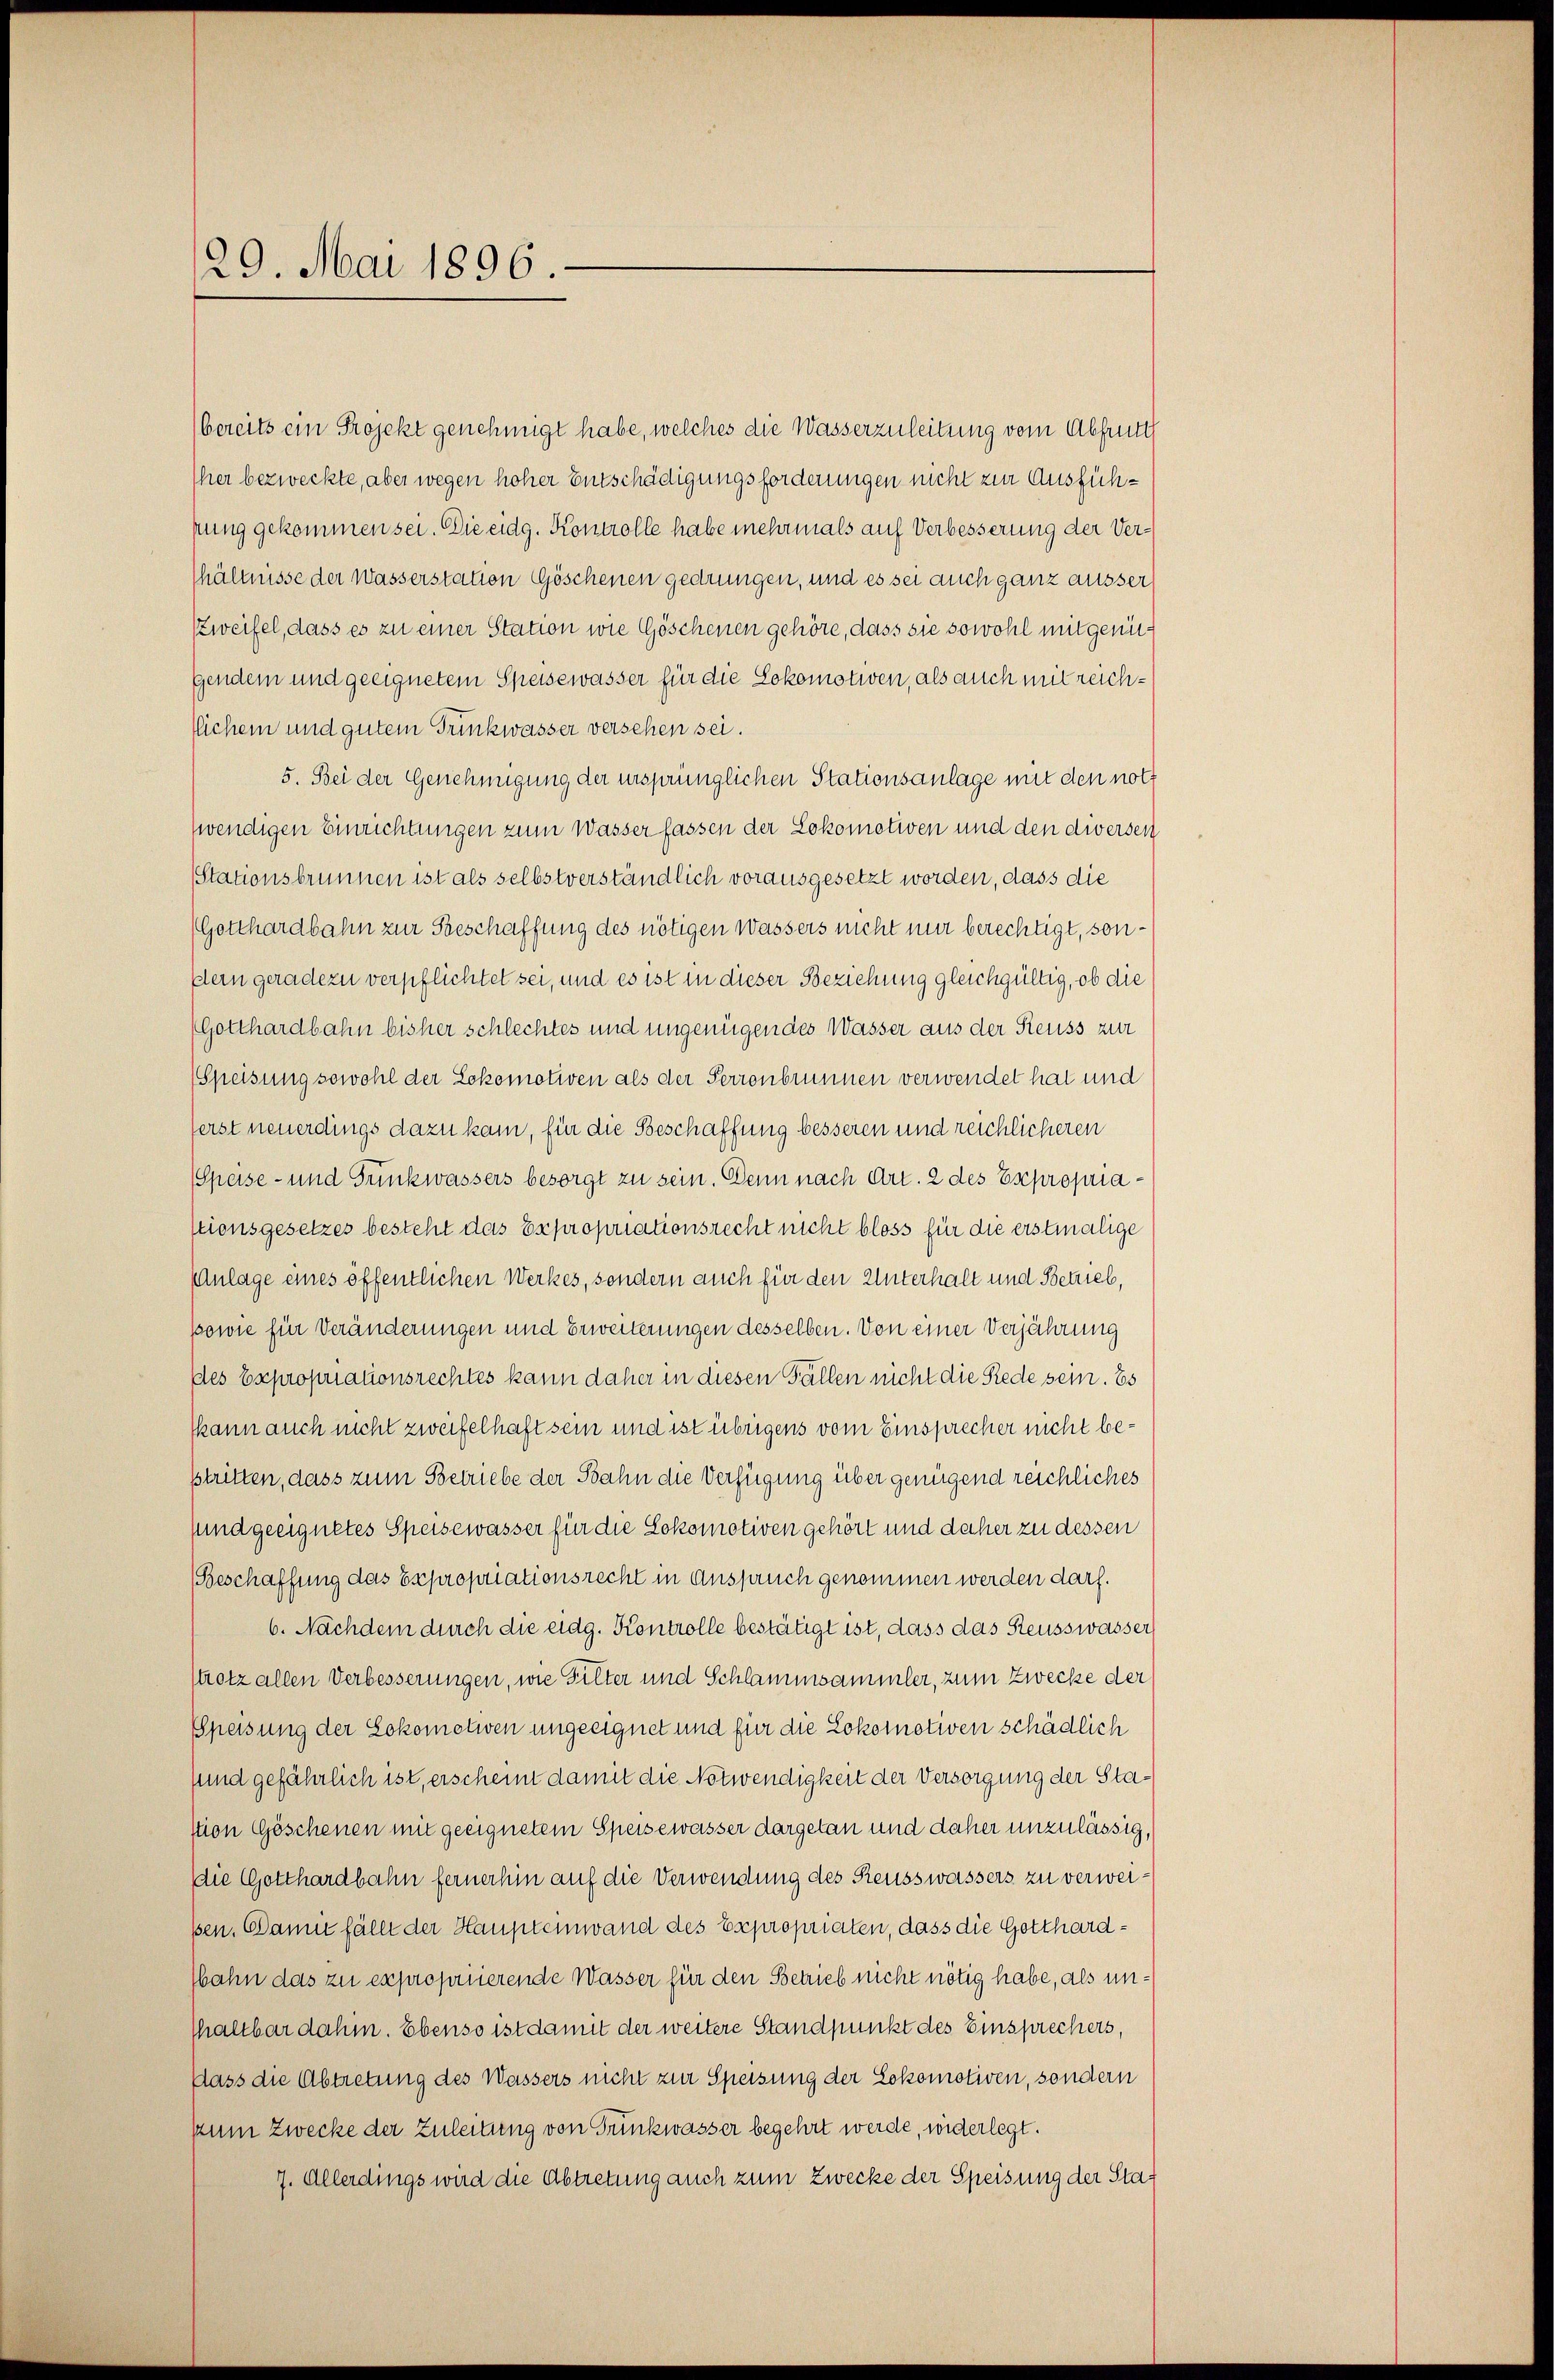
29. Mai 1896.

bereits ein Projekt genehmigt habe, welches die Wasserzuleitung vom Abfrutt
Eher bezweckte, aber wegen hoher Entschädigungsforderungen nicht zur Ausfühpung gekommen sei. Die eidg. Kontrolle habe mehrmals auf Verbesserung der Vershältnisse der Wasserstation Göschenen gedrungen, und es sei auch ganz äusser
szweifel, dass es zu einer Station wie Göschenen gehöre, dass sie sowohl mitgenügendem und geeignetem Speisewasser für die Lokomotiven, als auch mit reichflichem und gutem Trinkwasser versehen sei.
5. Bei der Genehmigung der ursprünglichen Stationsanlage mit den noth
zwendigen Einrichtungen zum Wasser fassen der Lokomotiven und den diversen
Stationsbrunnen ist als selbstverständlich vorausgesetzt worden, dass die
(Gotthardbahn zur Geschaffung des nötigen Wassers nicht nur berechtigt, sondlern geradezu verpflichtet sei, und es ist in dieser Beziehung gleichgültig, ob die
(Gotthardbahn bisher schlechtes und ungenügendes Wasser aus der Reuss zur
Speisung sowohl der Lokomotiven als der Perronbrunnen verwendet hat und
ferst neuerdings dazu kam, für die Beschaffung besseren und reichlicheren
Speise- und Tunkwassers besorgt zu sein. Denn nach Art. 2 des Expropria
stionsgesetzes besteht das Expropriationsrecht nicht bloss für die erstmalige
Anlage eines öffentlichen Werkes, sondern auch für den Unterhalt und Betrieb,
powie für Veränderungen und Erweiterungen desselben. Von einer Verjährung
des Expropriationsrechtes kann daher in diesen Fällen nicht die Rede sein. Es
kkann auch nicht zweifelhaft sein und ist übrigens vom Einsprecher nicht bestritten, dass zum Betriebe der Bahn die Verfügung über genügend reichliches
sund geeignetes Speisewasser für die Lokomotiven gehört und daher zu dessen
Beschaffung das Expropriationsrecht in Anspruch genommen werden darf.
6. Nachdem durch die eidg. Kontrolle bestätigt ist, dass das Reusswasser
strotz allen Verbesserungen, wie Filter und Schlammsammler, zum Zwecke der
Speisung der Lokomotiven ungeeignet und für die Lokomotiven schädlich
sund gefährlich ist, erscheint damit die Notwendigkeit der Versorgung der Stastion Göschenen mit geeignetem Speisewasser dargetan und daher unzulässig,
die Gotthardbahn fernerhin auf die Verwendung des Reusswassers zu verweisen. Dann fällt der Haupteinwand des Expropriaten, dass die Gotthardbahn das zu expropriierende Wasser für den Betrieb nicht nötig habe, als unhaltbar dahin. Ebenso ist damit der weitere Standpunkt des Einsprechers,
Dass die Abtretung des Wassers nicht zur Speisung der Lokomotiven, sondern
zum Zwecke der Zuleitung von Trunkwasser begehrt werde, widerlegt.
7. Allerdings wird die Abtretung auch zum Zwecke der Speisung der Stat